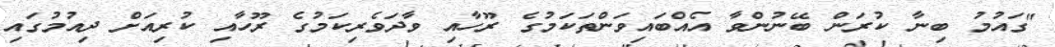
"ގައުމު ބިނާ ކުރަން ބޭނުންވާ އެއްބައިވަންތަކަމުގެ ރޫހާއި ވާދަވެރިކަމުގެ ރޫހާއި ކުރިއަށް ދިއުމުގައި